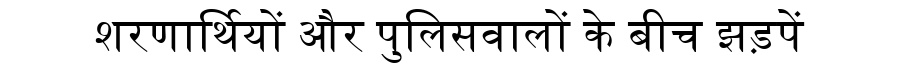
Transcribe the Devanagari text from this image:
शरणार्थियों और पुलिसवालों के बीच झड़पें